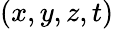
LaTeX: (x,y,z,t)